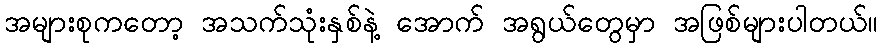
အများစုကတော့ အသက်သုံးနှစ်နဲ့ အောက် အရွယ်တွေမှာ အဖြစ်များပါတယ်။